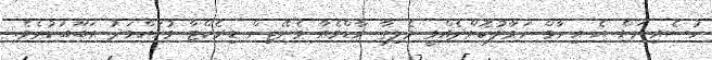
ހުސެއިނަށް އެ އިނާމް ހަވާލުކޮށްދެއްވީ ވެލިގާ ހާޑްވެއާ މެނޭޖިން ޑިރެކްޓާ މުހައްމަދު އަބޫބަކުރެވެ.